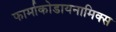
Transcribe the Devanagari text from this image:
फार्माकोडायनामिक्स